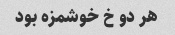
هر دو خ خوشمزه بود